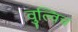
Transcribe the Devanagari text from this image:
वुल्विच